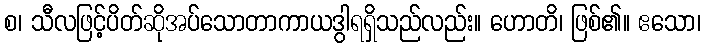
စ၊ သီလဖြင့်ပိတ်ဆိုအပ်သောတာကာယဒွါရရှိသည်လည်း။ ဟောတိ၊ ဖြစ်၏။ ဧသော၊